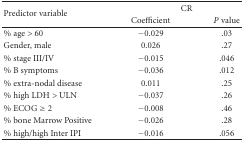
| <ROWSPAN=2> Predictor variable | <COLSPAN=2> CR |
 | Coefficient | P value |
 | --- | --- | --- |
 | % age > 60 | −0.029 | .03 |
 | Gender, male | 0.026 | .27 |
 | % stage III/IV | −0.015 | .046 |
 | % B symptoms | −0.036 | .012 |
 | % extra-nodal disease | 0.011 | .25 |
 | % high LDH > ULN | −0.037 | .26 |
 | % ECOG ≥ 2 | −0.008 | .46 |
 | % bone Marrow Positive | −0.026 | .28 |
 | % high/high Inter IPI | −0.016 | .056 |